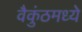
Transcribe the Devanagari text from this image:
वैकुंठमध्ये